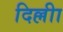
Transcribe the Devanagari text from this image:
दिल्लीा